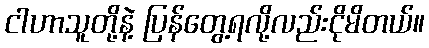
ငါဟာသူတို့နဲ့ ပြန်တွေ့ရလို့လည်းငိုမိတယ်။